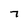
Character: 7